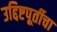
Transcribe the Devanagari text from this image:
उद्दिष्टपूर्तीचा